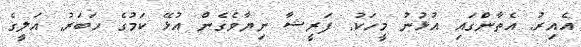
އެއިރު